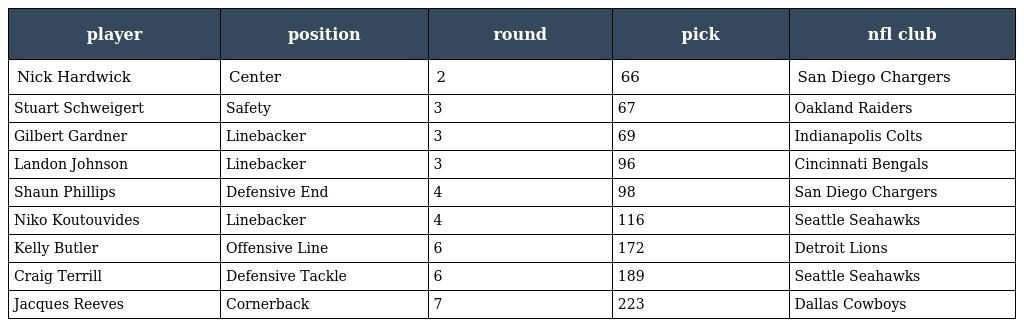
| player | position | round | pick | nfl club |
 | --- | --- | --- | --- | --- |
 | Nick Hardwick | Center | 2 | 66 | San Diego Chargers |
 | Stuart Schweigert | Safety | 3 | 67 | Oakland Raiders |
 | Gilbert Gardner | Linebacker | 3 | 69 | Indianapolis Colts |
 | Landon Johnson | Linebacker | 3 | 96 | Cincinnati Bengals |
 | Shaun Phillips | Defensive End | 4 | 98 | San Diego Chargers |
 | Niko Koutouvides | Linebacker | 4 | 116 | Seattle Seahawks |
 | Kelly Butler | Offensive Line | 6 | 172 | Detroit Lions |
 | Craig Terrill | Defensive Tackle | 6 | 189 | Seattle Seahawks |
 | Jacques Reeves | Cornerback | 7 | 223 | Dallas Cowboys |